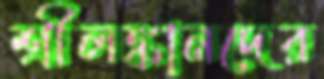
শ্রীলঙ্কানদের